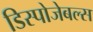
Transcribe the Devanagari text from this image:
डिस्पोजेबल्स